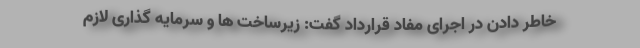
خاطر دادن در اجرای مفاد قرارداد گفت: زیرساخت ها و سرمایه گذاری لازم